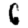
Digit: 6